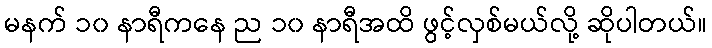
မနက် ၁၀ နာရီကနေ ည ၁၀ နာရီအထိ ဖွင့်လှစ်မယ်လို့ ဆိုပါတယ်။